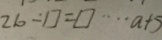
2 1 0 \dot { - } \square = \square \cdots a + 5